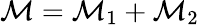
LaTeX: \mathcal{M}=\mathcal{M}_{1}+\mathcal{M}_{2}